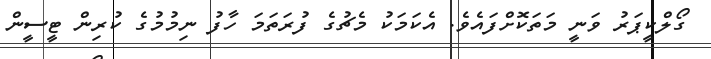
ގޯލްކީޕަރު ވަނީ މަތަކޮށްފައެވެ. އެކަމަކު މެޗުގެ ފުރަތަމަ ހާފު ނިމުމުގެ ކުރިން ޓީސީން